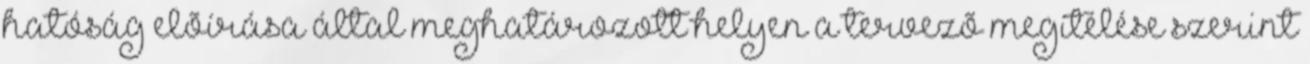
hatóság elõírása által meghatározott helyen a tervezõ megítélése szerint